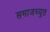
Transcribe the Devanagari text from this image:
समाजच्युत